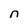
Character: n